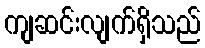
ကျဆင်းလျက်ရှိသည်